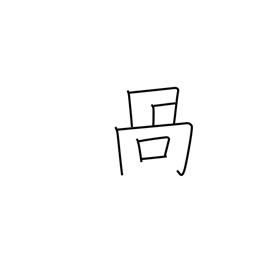
Meaning: crooked mouth